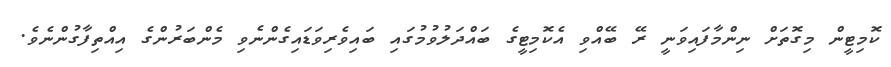
ކޮމިޓީން މިގޮތަށް ނިންމާފައިވަނީ ރޭ ބޭއްވި އެކޮމިޓީގެ ބައްދަލުވުމުގައި ބައިވެރިވަޑައިގެންނެވި މެންބަރުންގެ އިއްތިފާގުންނެވެ.